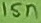
Text: 15n